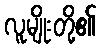
လူမျိုးတို့၏